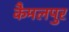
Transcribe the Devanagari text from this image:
कैमलपुर